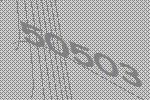
50503